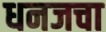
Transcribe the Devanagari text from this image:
धनजचा